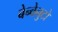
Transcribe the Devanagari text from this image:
बेन्वेनुटो